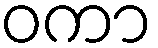
ဝကာ